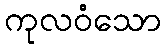
ကုလဝံသော